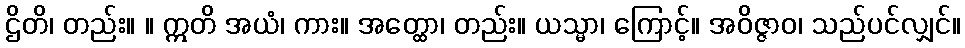
ဌိတိ၊ တည်း။ ။ ဣတိ အယံ၊ ကား။ အတ္ထော၊ တည်း။ ယသ္မာ၊ ကြောင့်။ အဝိဇ္ဇာဝ၊ သည်ပင်လျှင်။